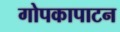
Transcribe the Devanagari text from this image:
गोपकापाटन